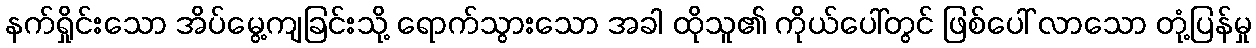
နက်ရှိုင်းသော အိပ်မွေ့ကျခြင်းသို့ ရောက်သွားသော အခါ ထိုသူ၏ ကိုယ်ပေါ်တွင် ဖြစ်ပေါ် လာသော တုံ့ပြန်မှု